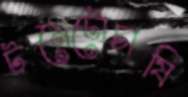
টমেটোচাষি